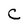
Character: C